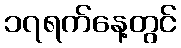
၁၇ရက်နေ့တွင်